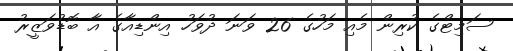
ސަމިޓްގެ ކުރިން މެއި މަހުގެ 26 ވަނަ ދުވަހު އިންޑިއާގެ އާ ބޮޑުވަޒީރު